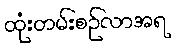
ထုံးတမ်းစဉ်လာအရ